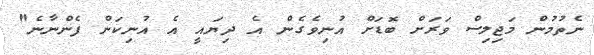
ނެތުމުން މަޖިލިސް ވަރަށް ބޮޑަށް އުނިވެގެން އެ ދިޔައީ އެ އުނިކަން ފެންނާނެ"